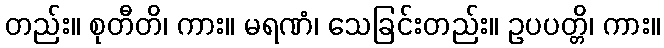
တည်း။ စုတီတိ၊ ကား။ မရဏံ၊ သေခြင်းတည်း။ ဥပပတ္တိ၊ ကား။